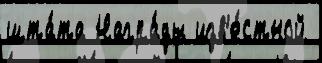
шта́та Награ́ды изв'е́стной